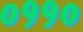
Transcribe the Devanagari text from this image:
०११०